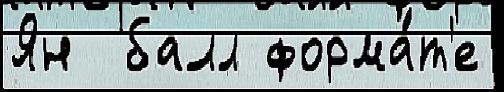
Ян  балл форма́т'е